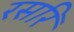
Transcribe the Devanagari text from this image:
रसरि